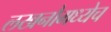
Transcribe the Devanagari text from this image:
लखनौमध्येच